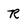
Character: R